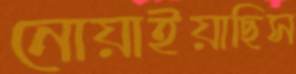
নোয়াইয়াছিস